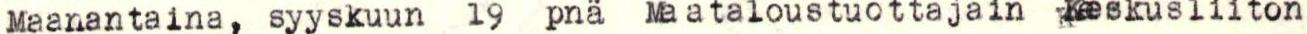
Maanantaina, syyskuun 19 pnä Maataloustuottajain Keskusliiton